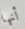
أنها